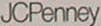
JCPenney